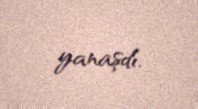
yanaşdı.